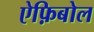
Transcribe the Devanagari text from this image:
ऐफ़िबोल